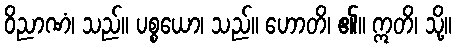
ဝိညာဏံ၊ သည်။ ပစ္စယော၊ သည်။ ဟောတိ၊ ၏။ ဣတိ၊ သို့။